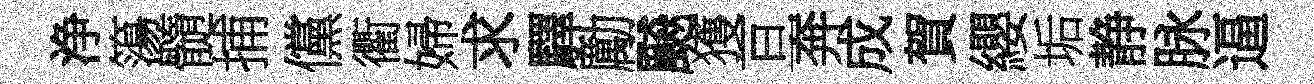
浄簜髓捕儻衢婦求驛勵飇獲亘奔成賀纓垢静脉逼